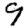
Digit: 9